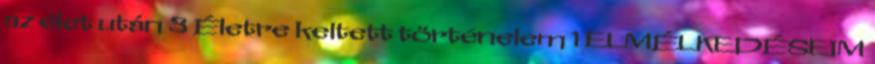
az élet után 3 Életre keltett történelem 1 ELMÉLKEDÉSEIM